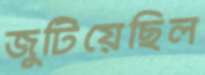
জুটিয়েছিল